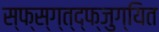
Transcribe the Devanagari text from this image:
स्फ्स्ग्त्द्फ्जुग्यित